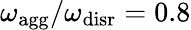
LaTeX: {\omega_{\mathrm{agg}}/\omega_{\mathrm{disr}}=0.8}